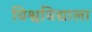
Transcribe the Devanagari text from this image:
विश्वविद्याला